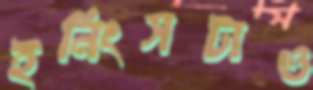
ইনিংসটাও